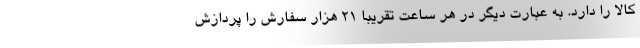
کالا را دارد. به عبارت دیگر در هر ساعت تقریبا 21 هزار سفارش را پردازش